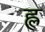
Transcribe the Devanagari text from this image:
ह्ल